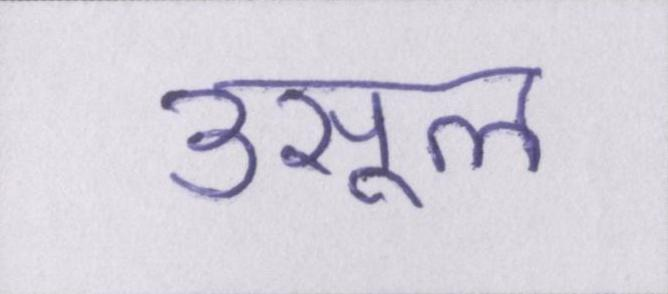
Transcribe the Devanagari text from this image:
उसूल